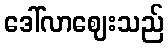
ဒေါ်လာဈေးသည်